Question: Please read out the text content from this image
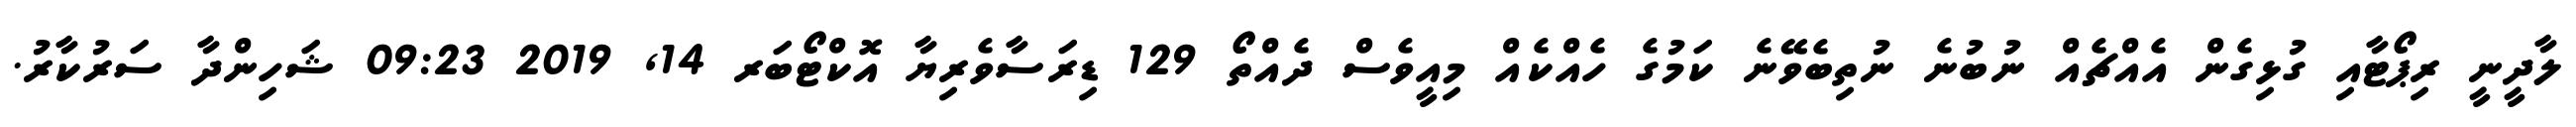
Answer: ލާދީނީ ރިޕޯޓާއި ގުޅިގެން އެއްޗެއް ނުބުނެ ނުތިބެވޭނެ ކަމުގެ ހެއްކެއް މިއީވެސް ދެއްތޯ 129 ޑިރަސާވެރިޔާ އޮކްޓޯބަރ 14, 2019 09:23 ޝަހިންދާ ސަރުކާރު.